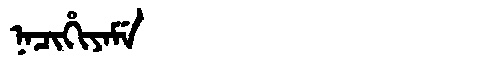
Manchu: ᠨᠠᠴᡳᡥᡳᠶᠠᠮᡝ
Romanization: NACIHIYAME